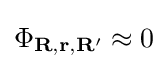
\Phi _{\mathbf {R} ,\mathbf {r} ,\mathbf {R} '}\approx 0